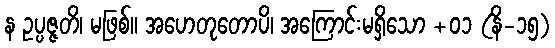
န ဥပ္ပဇ္ဇတိ၊ မဖြစ်။ အဟေတုတောပိ၊ အကြောင်းမရှိသော +၀၁ (နိ-၁၅)